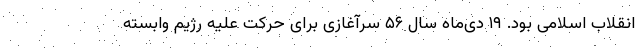
انقلاب اسلامی بود. ۱۹ دی‌ماه سال ۵۶ سرآغازی برای حرکت علیه رژیم وابسته